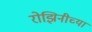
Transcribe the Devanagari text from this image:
रोझिनीच्या